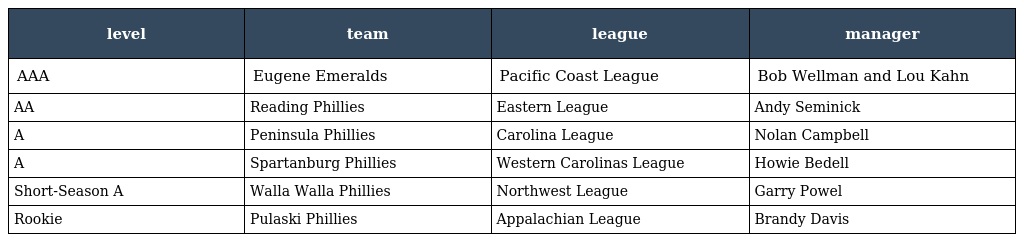
| level | team | league | manager |
 | --- | --- | --- | --- |
 | AAA | Eugene Emeralds | Pacific Coast League | Bob Wellman and Lou Kahn |
 | AA | Reading Phillies | Eastern League | Andy Seminick |
 | A | Peninsula Phillies | Carolina League | Nolan Campbell |
 | A | Spartanburg Phillies | Western Carolinas League | Howie Bedell |
 | Short-Season A | Walla Walla Phillies | Northwest League | Garry Powel |
 | Rookie | Pulaski Phillies | Appalachian League | Brandy Davis |